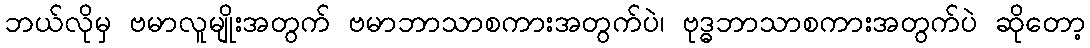
ဘယ်လိုမှ ဗမာလူမျိုးအတွက် ဗမာဘာသာစကားအတွက်ပဲ၊ ဗုဒ္ဓဘာသာစကားအတွက်ပဲ ဆိုတော့